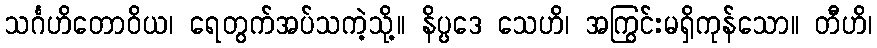
သင်္ဂဟိတောဝိယ၊ ရေတွက်အပ်သကဲ့သို့။ နိပ္ပဒေ သေဟိ၊ အကြွင်းမရှိကုန်သော။ တီဟိ၊